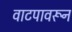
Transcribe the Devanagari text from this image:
वाटपावरून